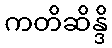
ကတိဆိန္ဒိ